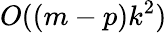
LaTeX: O((m-p)k^{2})